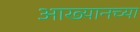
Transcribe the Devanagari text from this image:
आख्यानच्या